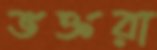
ভক্তরা